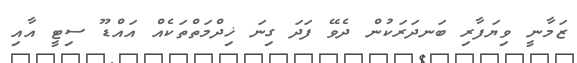
ޒަމާނީ ވިޔަފާރި ބަނދަރަކުން ދެވޭ ފަދަ ގިނަ ޚިދްމަތްތަކެއް އައްޑޫ ސިޓީ އާއި